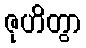
ဇုဟိတွာ